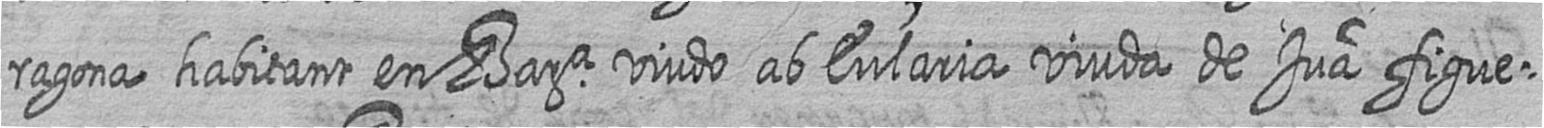
ragona habitant en Bara viudo ab Eularia viuda de Jua figue=